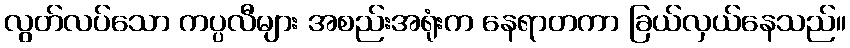
လွတ်လပ်သော ကပ္ပလီများ အစည်းအရုံးက နေရာတကာ ခြယ်လှယ်နေသည်။